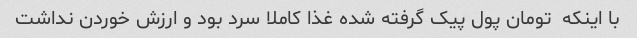
با اینکه  تومان پول پیک گرفته شده غذا کاملا سرد بود و ارزش خوردن نداشت